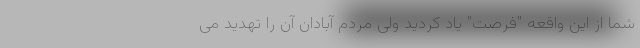
شما از این واقعه "فرصت" یاد کردید ولی مردم آبادان آن را تهدید می